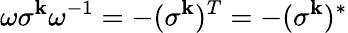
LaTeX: \omega\sigma^{\mathbf{k}}\omega^{-1}=-(\sigma^{\mathbf{k}})^{T}=-(\sigma^{\mathbf{k}})^{*}